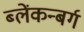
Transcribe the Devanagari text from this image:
ब्लेंकन्बर्ग